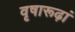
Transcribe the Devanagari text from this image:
वृषारूढ़ां